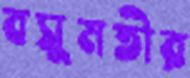
বসুমতীর